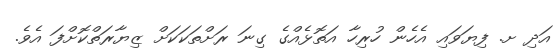
އަދި ށ. ފިޔަވައި އެހެން ހުރިހާ އަތޮޅެއްގެ ގިނަ ރަށްތަކަކަށް ޒިޔާރަތްކޮށްފަ އެވެ.